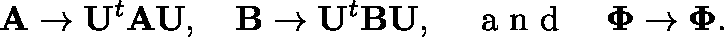
\mathbf { A } \to \mathbf { U } ^ { t } \mathbf { A } \mathbf { U } , \quad \mathbf { B } \to \mathbf { U } ^ { t } \mathbf { B } \mathbf { U } , \quad \textrm { a n d } \quad \mathbf { \Phi } \to \mathbf { \Phi } .